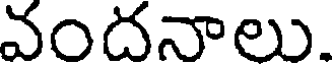
వందనాలు.